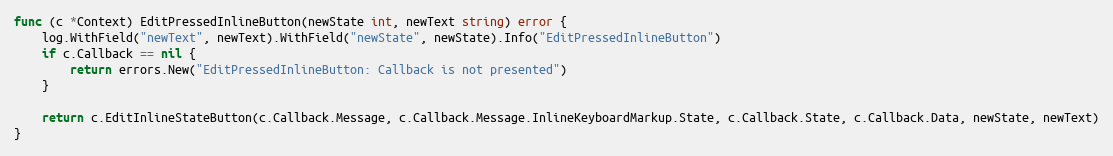
Language: Go
func (c *Context) EditPressedInlineButton(newState int, newText string) error {
	log.WithField("newText", newText).WithField("newState", newState).Info("EditPressedInlineButton")
	if c.Callback == nil {
		return errors.New("EditPressedInlineButton: Callback is not presented")
	}

	return c.EditInlineStateButton(c.Callback.Message, c.Callback.Message.InlineKeyboardMarkup.State, c.Callback.State, c.Callback.Data, newState, newText)
}